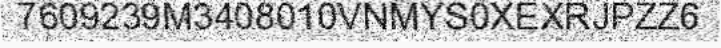
7609239M3408010VNMYS0XEXRJPZZ6